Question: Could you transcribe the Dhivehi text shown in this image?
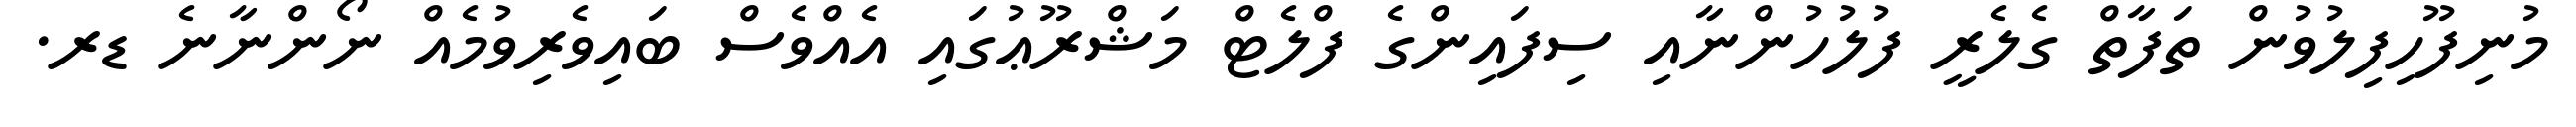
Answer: މުނިފޫހިފިލުވުން ތަފާތް ގެލެރީ ފުލުހުންނާއި ސިފައިންގެ ފްލެޓް މަޝްރޫޢުގައި އެއްވެސް ބައިވެރިވުމެއް ނޯންނާނެ ޑރ.